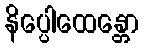
နိပ္ပေါထေန္တော